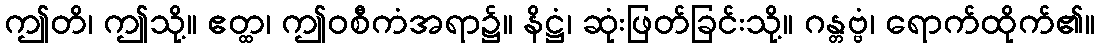
ဤတိ၊ ဤသို့။ ဧတ္ထ၊ ဤဝစီကံအရာ၌။ နိဋ္ဌံ၊ ဆုံးဖြတ်ခြင်းသို့။ ဂန္တဗ္ဗံ၊ ရောက်ထိုက်၏။